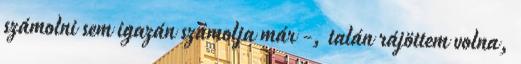
számolni sem igazán számolja már -, talán rájöttem volna,